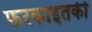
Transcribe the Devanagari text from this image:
फरकाइतकी